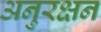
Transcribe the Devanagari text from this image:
अनुरक्षन